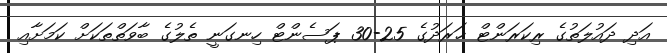
އަދި ދައުލަތުގެ ރިކަރަންޓް ޚަރަދުގެ 25-30 ޕަސެންޓް ހިނގަނީ ތެލުގެ ބާވަތްތަކަށް ކަމަށާއި